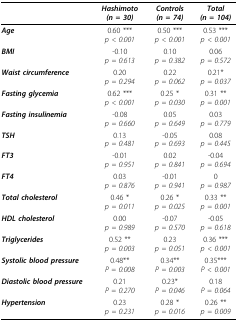
|  | Hashimoto (n = 30) | Controls (n = 74) | Total (n = 104) |
 | --- | --- | --- | --- |
 | Age | 0.60 ***p < 0.001 | 0.50 ***p < 0.001 | 0.53 ***p < 0.001 |
 | BMI | -0.10p = 0.613 | 0.10p = 0.382 | 0.06p = 0.572 |
 | Waist circumference | 0.20p = 0.294 | 0.22p = 0.062 | 0.21*p = 0.037 |
 | Fasting glycemia | 0.62 ***p < 0.001 | 0.25 *p = 0.030 | 0.31 **p = 0.001 |
 | Fasting insulinemia | -0.08p = 0.660 | 0.05p = 0.649 | 0.03p = 0.779 |
 | TSH | 0.13p = 0.481 | -0.05p = 0.693 | 0.08p = 0.445 |
 | FT3 | -0.01p = 0.951 | 0.02p = 0.841 | -0.04p = 0.694 |
 | FT4 | 0.03p = 0.876 | -0.01p = 0.941 | 0p = 0.987 |
 | Total cholesterol | 0.46 *p = 0.011 | 0.26 *p = 0.025 | 0.33 **p = 0.001 |
 | HDL cholesterol | 0.00p = 0.989 | -0.07p = 0.570 | -0.05p = 0.618 |
 | Triglycerides | 0.52 **p = 0.003 | 0.23p = 0.051 | 0.36 ***p < 0.001 |
 | Systolic blood pressure | 0.48**P = 0.008 | 0.34**P = 0.003 | 0.35***P < 0.001 |
 | Diastolic blood pressure | 0.21P = 0.270 | 0.23*P = 0.046 | 0.18P = 0.064 |
 | Hypertension | 0.23p = 0.231 | 0.28 *p = 0.016 | 0.26 **p = 0.009 |